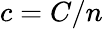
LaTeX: c=C/n